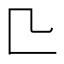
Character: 𠤬